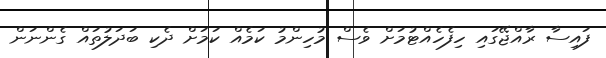
ފައިސާ ރާއްޖޭގައި ހިފެހެއްޓުމަށް ވެސް މުހިންމު ކަމެއް ކަމަށް ދެކި ބަދަލުތައް ގެންނަން